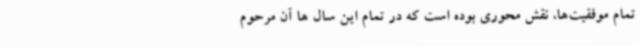
تمام موفقیت‌ها، نقش محوری بوده است که در تمام این سال ها آن مرحوم